Annual vaccination report of Bihar and Orissa - 1911-1928
Year: 1911
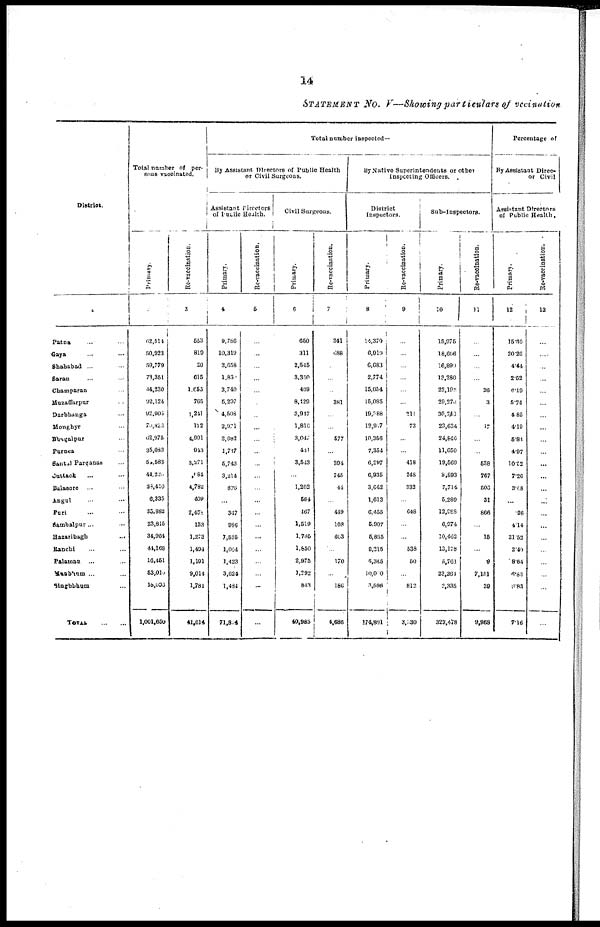
14
STATEMENT NO. V—Showing particulars of vaccination
District.
1
Patna ... ...
Gaya ... ...
Shahabad ... ...
Saran ... ...
Champaran ...
Muzaffarpur ...
Darbhunga ...
Monghyr ...
Bhagalpur ...
Purnea ...
Santal Parganas ...
Cuttack ... ...
Balasore
... ...
Angul ... ...
Puri ... ...
Sambalpur... ...
Hazaribagh ...
Kanchi ... ...
Palamau
... ...
Manbhum ... ...
Singhbhum ...
TOTAL
...
...
Total number of per-
sous vaccinated.
Primary.
2
62,514
50,923
59,779
73,351
44,230
92,124
92,905
70,823
62,975
35,083
52,583
44,226
28,410
6,335
35,882
23,815
34,964
44,168
16,451
53,015
15,096
1,001,650
Re-vaccination.
3
553
819
20
615
1,655
765
1,241
122
4,991
943
3,271
,164
4,782
409
2,452
133
1,273
1,494
1,191
9,014
1,781
41,614
Total number inspected—
By Assistant Directors of Public Health
or Civil Surgeons.
Assistant Diretors
of Public Health.
Primary.
4
9,756
10,319
2,658
1,851
2,740
5,207
4,508
2,971
8,682
1,717
5,743
3,214
876
...
347
980
7,525
1,064
1,423
3,624
1,484
71,814
Re-vaccination.
5
...
...
...
...
...
...
...
...
...
...
...
...
...
...
...
...
...
...
...
...
...
...
Civil Surgeons.
Primary.
6
650
311
2,545
3,350
409
8,129
3,917
1,816
3,047
441
3,543
...
1,202
564
467
1,519
1,785
1,850
2,975
1,292
843
40,985
Re-vaccination.
7
341
688
...
...
...
381
...
...
577
...
394
745
44
...
449
108
603
...
170
...
186
4,686
By Native Superintendents or other
Inspecting Officers.
District
Inspectors.
Primary.
8
14,370
6,919
6,083
2,774
15,054
15,085
19,388
12,947
10,356
7,354
6,297
6,935
3,642
1,613
6,455
5,907
5,865
8,215
5,345
10,010
3,596
174,801
Re-vaccination.
9
...
...
...
...
...
...
211
73
...
...
418
248
332
...
648
...
...
538
50
...
812
3,330
Sub-Inspectors.
Primary.
10
15,975
18,606
16,899
13,280
22,198
20,270
30,743
23,634
24,846
11,650
19,569
8,893
7,714
5,289
12,988
6,974
10,462
13,128
5,761
23,264
2,335
323,478
Re-vaccination.
11
...
...
...
...
26
3
...
17
...
...
538
767
506
31
866
...
15
...
9
7,151
39
9,968
Percentage of
By Assistant Direc-
or Civil
Assistant Directors
of Public Health.
Primary.
12
15.80
20.26
4.44
2.52
6.19
5.74
4.85
4.19
5.84
4.97
10.52
7.26
3.08
...
.86
4.14
21.52
2.40
8.64
6.83
9.83
7.16
Re-vaccination.
13
...
...
...
...
...
...
...
...
...
...
...
...
...
...
...
...
...
...
...
...
...
...